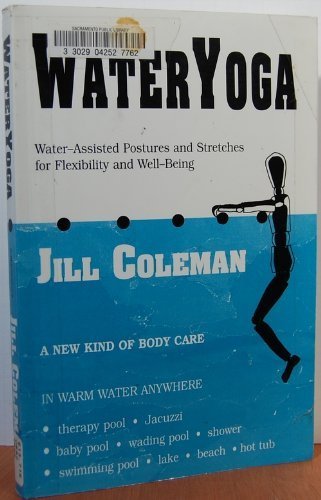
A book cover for Wateryoga: Water Assisted Postures & Stretches for Flexibility & Wellbeing; Jill Coleman; Health, Fitness & Dieting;